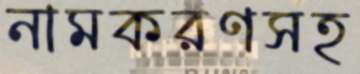
নামকরণসহ